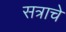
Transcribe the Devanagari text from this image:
सत्राचे